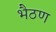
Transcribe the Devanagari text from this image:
भैठण